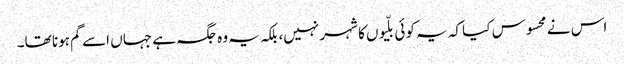
اس نے محسوس کیا کہ یہ کوئی بلّیوں کا شہر نہیں، بلکہ یہ وہ جگہ ہے جہاں اسے گم ہونا تھا۔